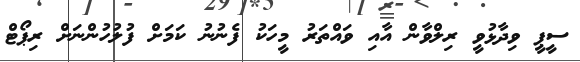
ސީޕީ ވިދާޅުވީ ރިލްވާން އާއި ވައްތަރު މީހަކު ފެނުނު ކަމަށް ފުލުހުންނަށް ރިޕޯޓް